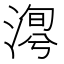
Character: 𣹯